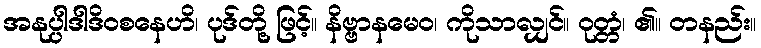
အနုပ္ပါဒါဒိဝစနေဟိ၊ ပုဒ်တို့ ဖြင့်။ နိဗ္ဗာနမေဝ၊ ကိုသာလျှင်။ ဝုတ္တံ၊ ၏။ တနည်း။